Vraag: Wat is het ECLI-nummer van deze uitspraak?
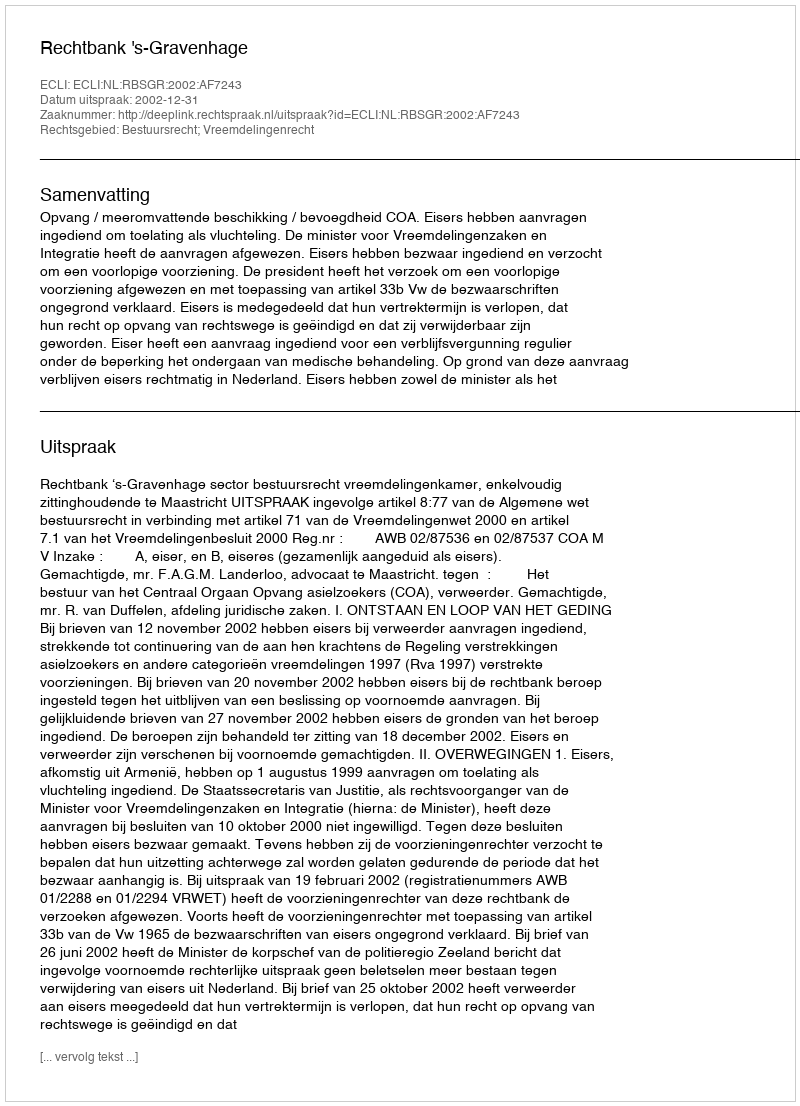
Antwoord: ECLI:NL:RBSGR:2002:AF7243